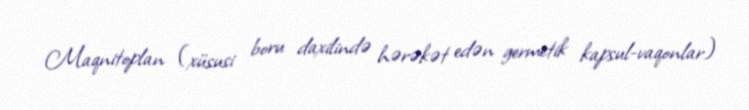
Maqnitoplan (xüsusi boru daxilində hərəkət edən germetik kapsul-vaqonlar)